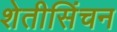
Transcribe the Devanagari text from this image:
शेतीसिंचन